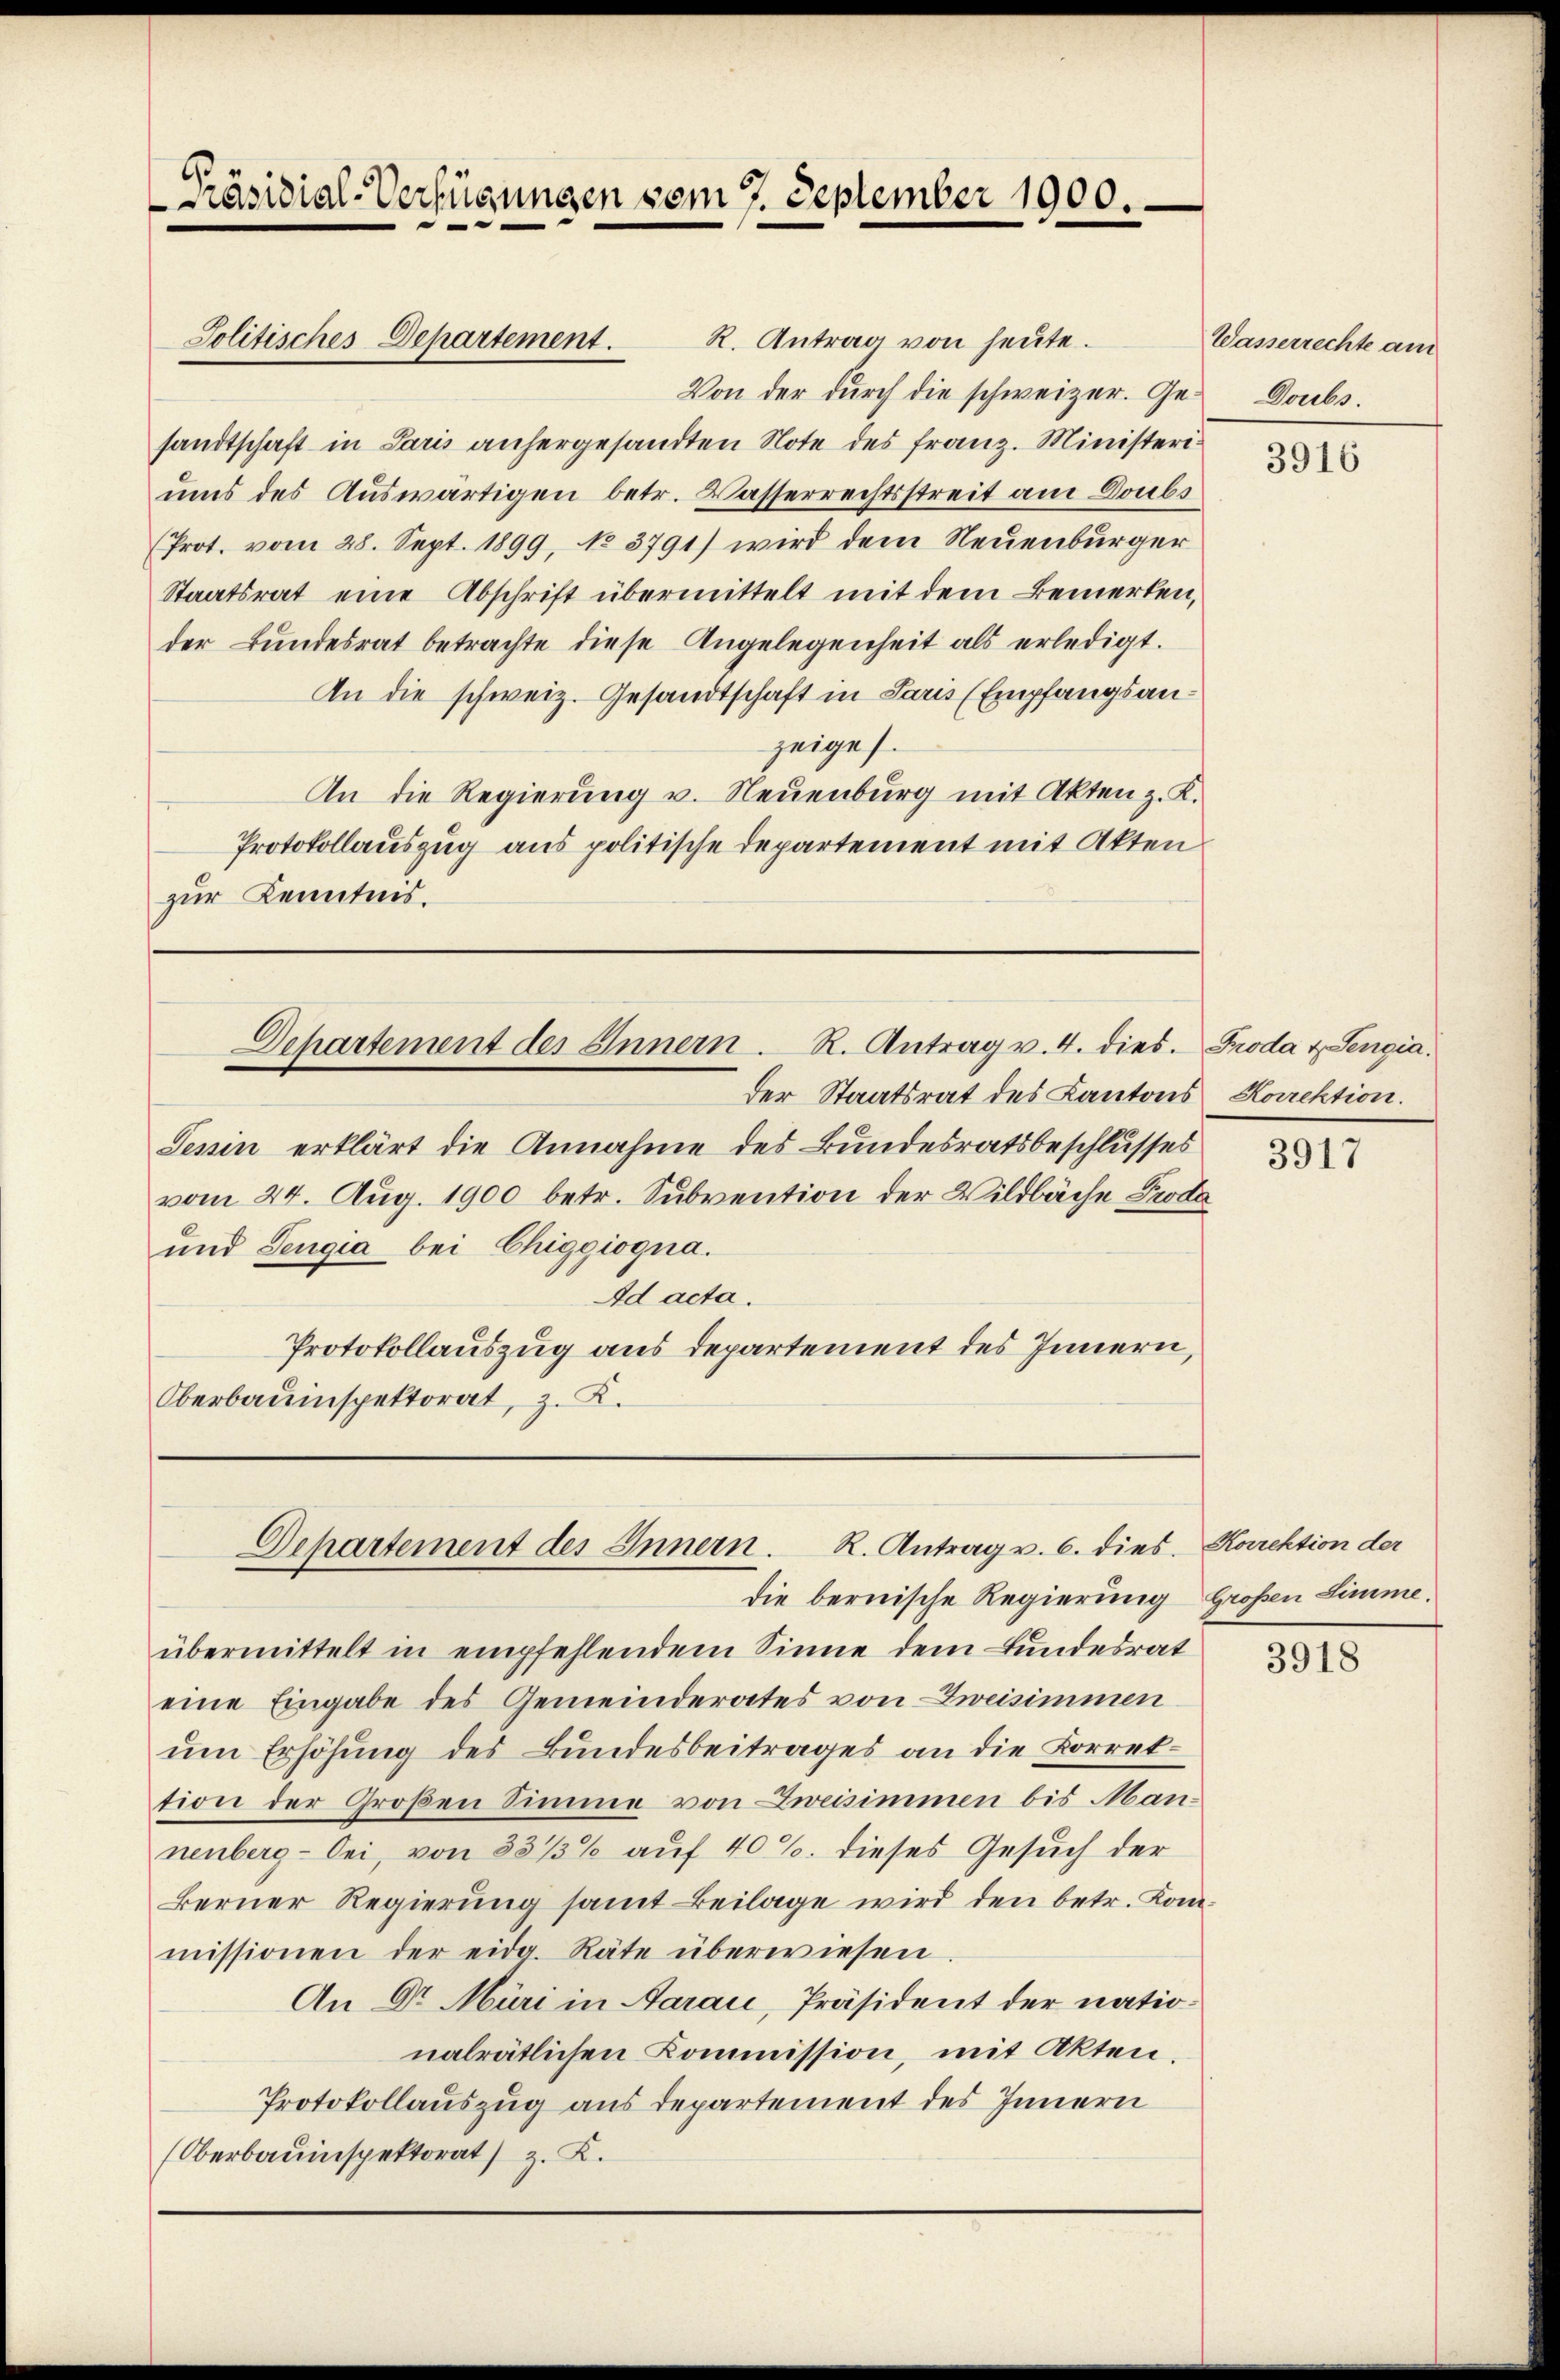
R. Antrag von heute.
Von der durch die schweizer. Gesandtschaft in Paris anhergesandten Note des Franz. Ministeriums des Auswärtigen betr. Wasserrechtsstreit am Doubs
(Prot. vom 28. Sept. 1899, No 3791) wird dem Neuenburger
Staatsrat eine Abschrift übermittelt mit dem Bemerken,
der Bŭndesrat betrachte diese Angelegenheit als erledigt.
An die schweiz. Gesandtschaft in Paris (Empfangsanzeige.
An die Regierŭng u. Neuenburg mit Akten z. K.
Protokollauszug aus politische Departement mit Akten
zur Kenntnis.

Präsidial-Verfügungen vom 7. September 1900.

Solitisches Departement.

Departement des Innern. R. Antrag v. 4. dies.

der Staatsrat des Kantons Korrektion.
Jenin erklärt die Annahme des Bundesratsbeschlusses
vom 24. Aug. 1900 betr. Subvention der Wildbäche Proda
und Sengia bei Chiggiogna.
Ad acta.
Protokollauszug aus departement des Innern,
Oberbauinspektorat, z. K.

Departement des Innern. R. Antrag v. 6. dies. Korrektion der

die bernische Regierung Großen Limme.
übermittelt in empfehlendem Sinne dem Bundesrat
eine Eingabe des Gemeinderates von Zweisimmen
um Erhöhung des Bundesbeitrages an die Korrettion der Großen Simme von Zweisimmen bis Man-
nenberg- bei, von 831/3% auf 40 S. dieses Gesuch der
Berner Regierung samt Beilage wird den betr. Kommissionen der eidg. Räte überwiesen.
An Dr. Müri in Aarau, Präsident der nationalrätlichen Kommission, mit Akten.
Protokollauszug aus departement des Innern
Oberbauinspektorat) z. K.

Wasserrechte am
Doubs.

3916

Froda u. Sengia.

3917

3918